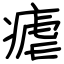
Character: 瘧